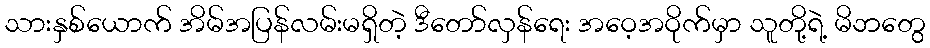
သားနှစ်ယောက် အိမ်အပြန်လမ်းမရှိတဲ့ ဒီတော်လှန်ရေး အဝေ့အဝိုက်မှာ သူတို့ရဲ့ မိဘတွေ